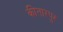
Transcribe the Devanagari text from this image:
कीतारपुर